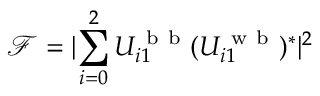
\mathcal { F } = \lvert \sum _ { i = 0 } ^ { 2 } U _ { i 1 } ^ { \mathrm { ~ b ~ b ~ } } ( U _ { i 1 } ^ { \mathrm { ~ w ~ b ~ } } ) ^ { * } \rvert ^ { 2 }